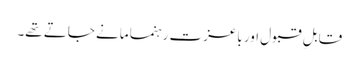
قابلِ قبول اور باعزت رہنما مانے جاتے تھے۔